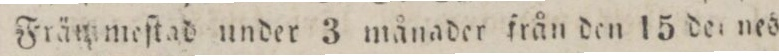
i. Främ meſtad under 3 månader från den 15 der nes.